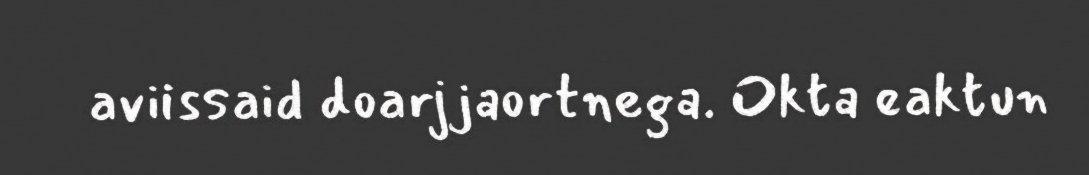
aviissaid doarjjaortnega. Okta eaktun